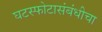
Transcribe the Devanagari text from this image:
घटस्फोटासंबंधीचा